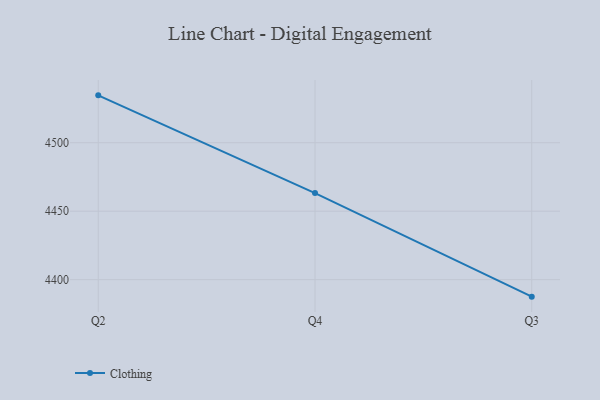
{"axis": {"x": "Quarter", "y": "Satisfaction Score"}, "legend": ["Clothing"], "data": [{"x": "Q2", "y": 4534.6, "type": "Clothing"}, {"x": "Q4", "y": 4463.2, "type": "Clothing"}, {"x": "Q3", "y": 4387.6, "type": "Clothing"}]}